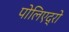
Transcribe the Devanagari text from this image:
पोलिएद्रो